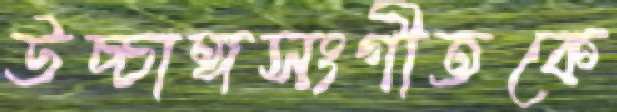
উচ্চাঙ্গসংগীতকে